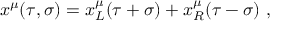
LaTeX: x ^ { \mu } ( \tau , \sigma ) = x _ { L } ^ { \mu } ( \tau + \sigma ) + x _ { R } ^ { \mu } ( \tau - \sigma ) \ ,